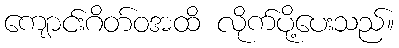
ကျောင်းဂိတ်ဝအထိ လိုက်ပို့ပေးသည်။